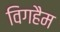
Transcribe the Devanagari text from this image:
विगहैम